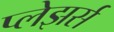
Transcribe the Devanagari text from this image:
प्लेझर्स